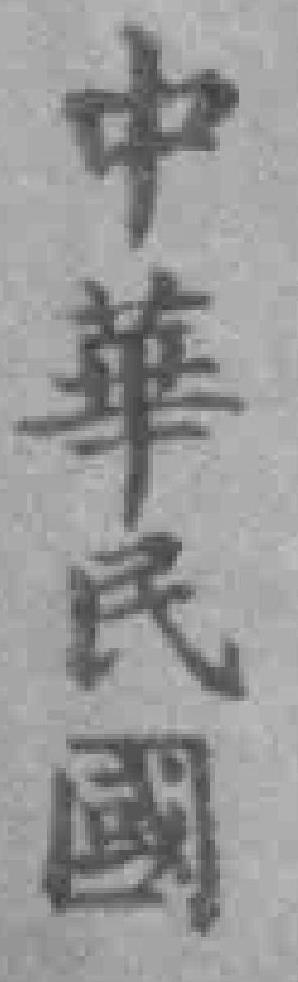
中華民國